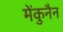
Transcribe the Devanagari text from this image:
मेंकुनैन